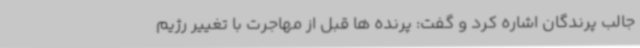
جالب پرندگان اشاره کرد و گفت: پرنده ها قبل از مهاجرت با تغییر رژیم